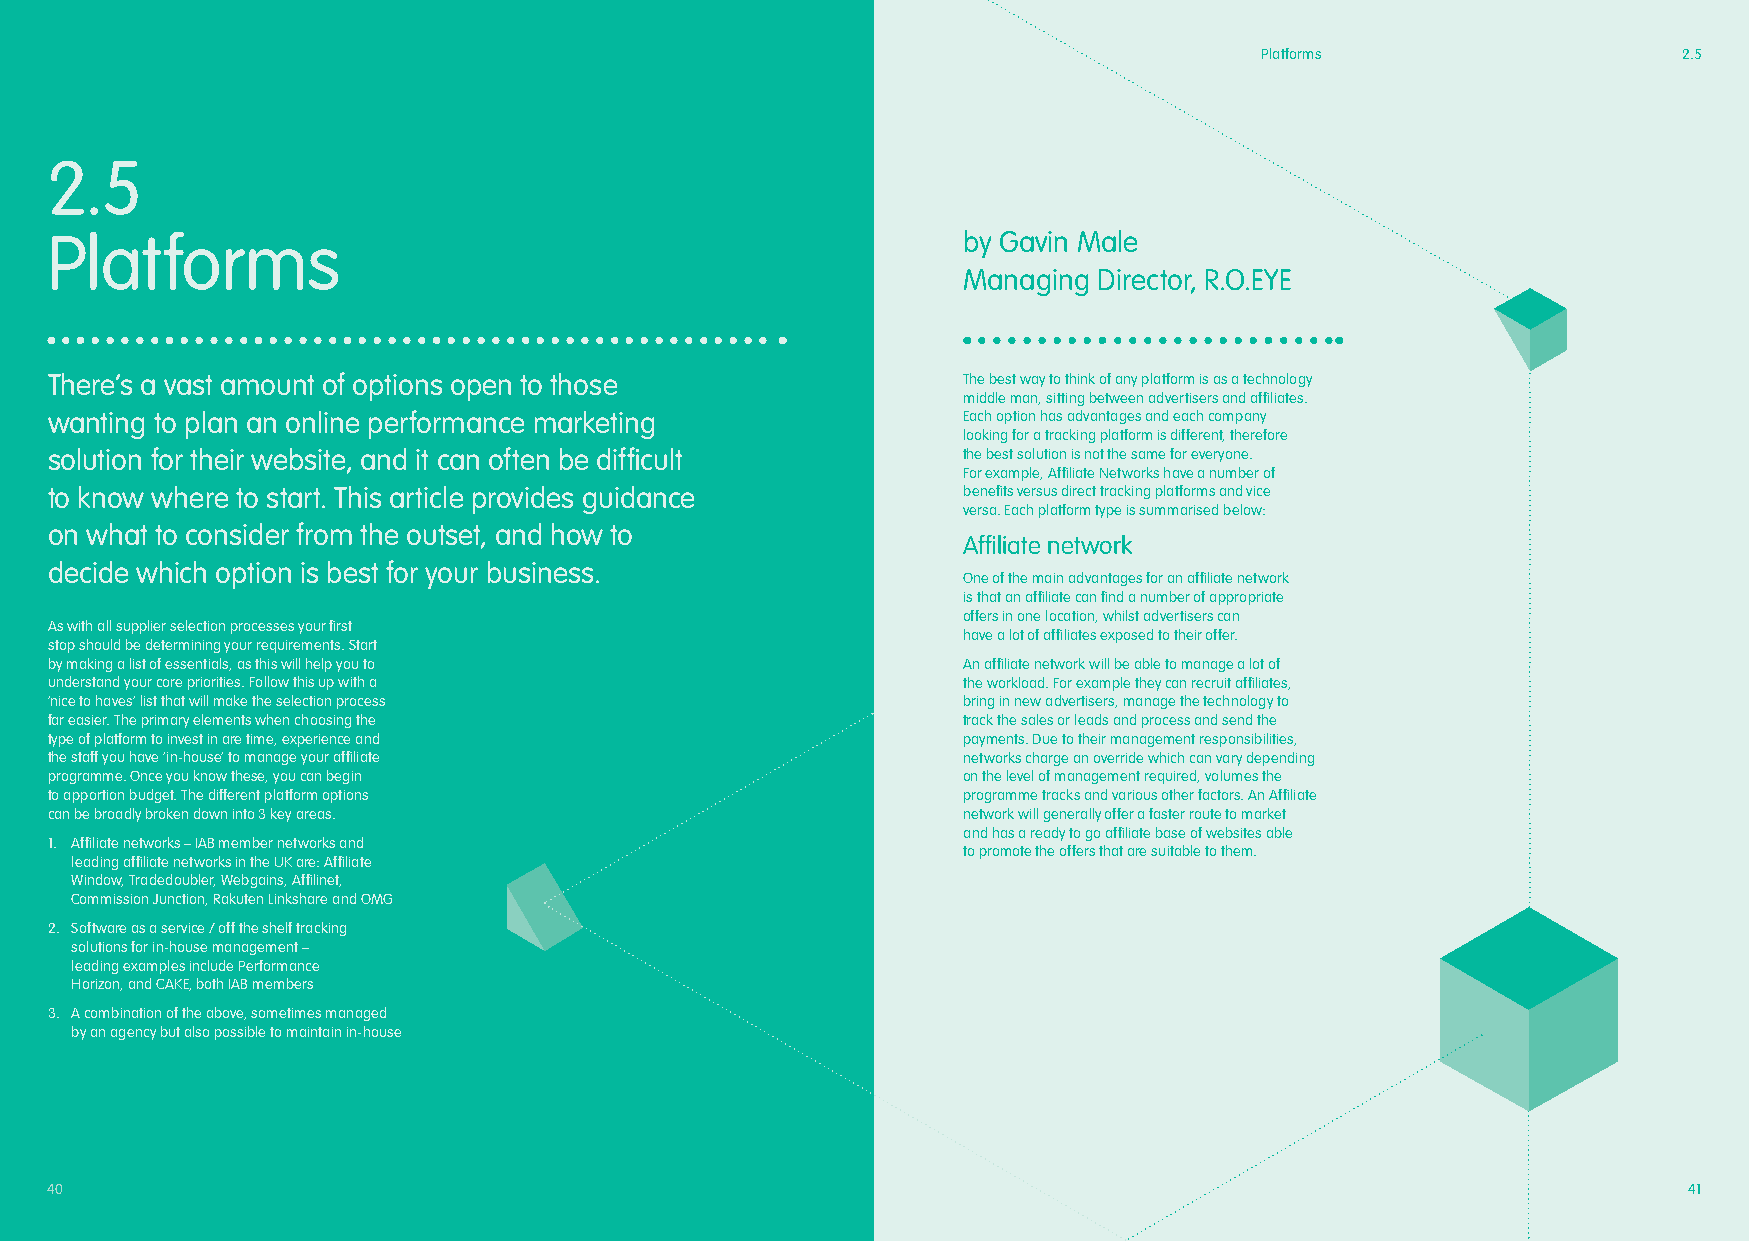
Platforms                   2.5
 2.5
 Platforms                                                    by Gavin Male
 Managing Director, R.O.EYE
 There’s a vast amount of options open to those               The best way to think of any platform is as a technology
 middle man, sitting between advertisers and affiliates.
 wanting to plan an online performance marketing              Each option has advantages and each company
 looking for a tracking platform is different, therefore
 solution for their website, and it can often be difficult    the best solution is not the same for everyone.
 For example, Affiliate Networks have a number of
 to know where to start. This article provides guidance       benefits versus direct tracking platforms and vice
 versa. Each platform type is summarised below:
 on what to consider from the outset, and how to
 Affiliate network
 decide which option is best for your business.
 One of the main advantages for an affiliate network
 is that an affiliate can find a number of appropriate
 offers in one location, whilst advertisers can
 As with all supplier selection processes your first
 have a lot of affiliates exposed to their offer.
 stop should be determining your requirements. Start
 by making a list of essentials, as this will help you to     An affiliate network will be able to manage a lot of
 understand your core priorities. Follow this up with a       the workload. For example they can recruit affiliates,
 ‘nice to haves’ list that will make the selection process    bring in new advertisers, manage the technology to
 far easier. The primary elements when choosing the           track the sales or leads and process and send the
 type of platform to invest in are time, experience and       payments. Due to their management responsibilities,
 the staff you have ‘in-house’ to manage your affiliate       networks charge an override which can vary depending
 programme. Once you know these, you can begin                on the level of management required, volumes the
 to apportion budget. The different platform options          programme tracks and various other factors. An Affiliate
 can be broadly broken down into 3 key areas.                 network will generally offer a faster route to market
 and has a ready to go affiliate base of websites able
 1. Affiliate networks – IAB member networks and
 to promote the offers that are suitable to them.
 leading affiliate networks in the UK are: Affiliate
 Window, Tradedoubler, Webgains, Affilinet,
 Commission Junction, Rakuten Linkshare and OMG
 2. Software as a service / off the shelf tracking
 solutions for in-house management –
 leading examples include Performance
 Horizon, and CAKE, both IAB members
 3. A combination of the above, sometimes managed
 by an agency but also possible to maintain in-house
 40                                                                                                           41